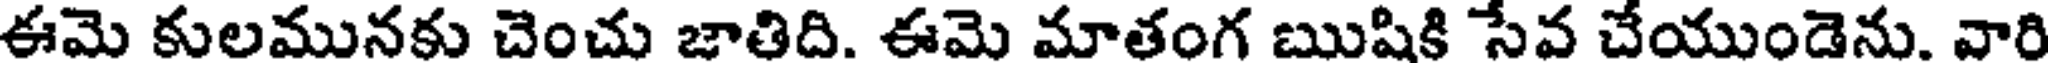
ఈమె కులమునకు చెంచు జాతిది. ఈమె మాతంగ ఋషికి సేవ చేయుండెను. వారి